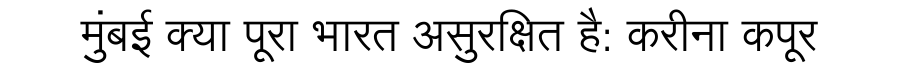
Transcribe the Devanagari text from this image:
मुंबई क्या पूरा भारत असुरक्षित है: करीना कपूर